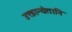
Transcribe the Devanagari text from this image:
उक्तान्येतानि